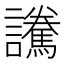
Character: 𲁿